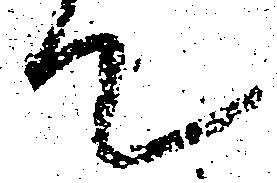
て